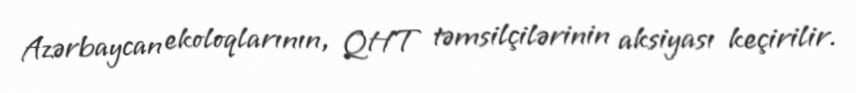
Azərbaycan ekoloqlarının, QHT təmsilçilərinin aksiyası keçirilir.